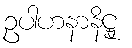
ဥပါဟနာနိဋ္ဌု